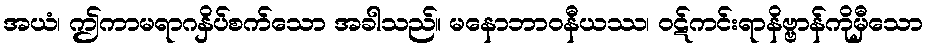
အယံ၊ ဤကာမရာဂနှိပ်စက်သော အခါသည်။ မနောဘာဝနီယဿ၊ ဝဋ်ကင်းရာနိဗ္ဗာန်ကိုမှီသော